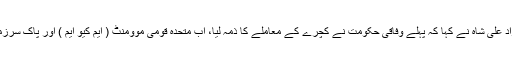
ٹھٹہ میں صحافیوں سے بات کرتے ہوئے مراد علی شاہ نے کہا کہ پہلے وفاقی حکومت نے کچرے کے معاملے کا ذمہ لیا، اب متحدہ قومی موومنٹ ( ایم کیو ایم ) اور پاک سرزمین پارٹی ( پی ایس پی ) آپس میں لڑرہی ہیں۔